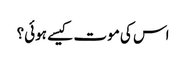
اس کی موت کیسے ہوئی؟